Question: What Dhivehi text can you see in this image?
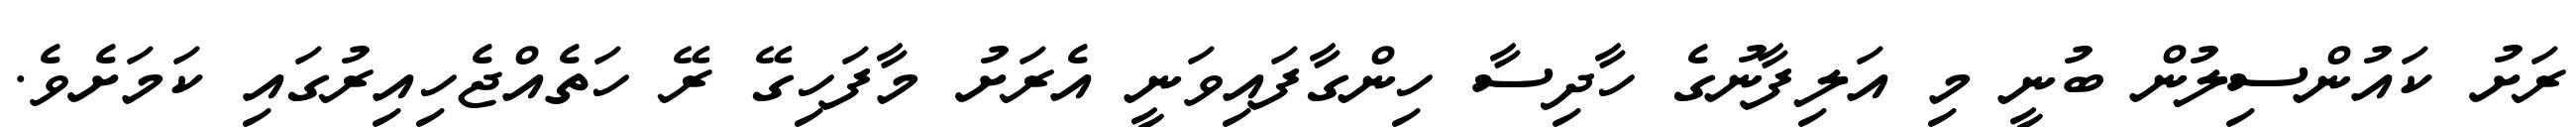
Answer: ރަށު ކައުންސިލުން ބުނީ މި އަލިފާނުގެ ހާދިސާ ހިންގާފައިވަނީ އެރަށު މާފަހިގޭ ރޭ ހަތެއްޖެހިއިރުގައި ކަމަށެވެ.